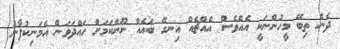
ދެން ތިބޭ މީހުންނަކީ އެއްވެސް އެއްޗެއް އިނގޭ ބައެއް ނޫންކަމަށް ހައްދަވަން އެމަނިކުފާނު